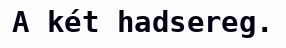
A két hadsereg.